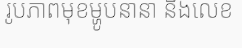
រូបភាពមុខម្ហូបនានា និងលេខ